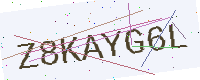
Text: Z8KAYG6L